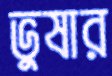
ভুষার